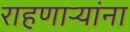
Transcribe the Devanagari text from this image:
राहणार्‍यांना